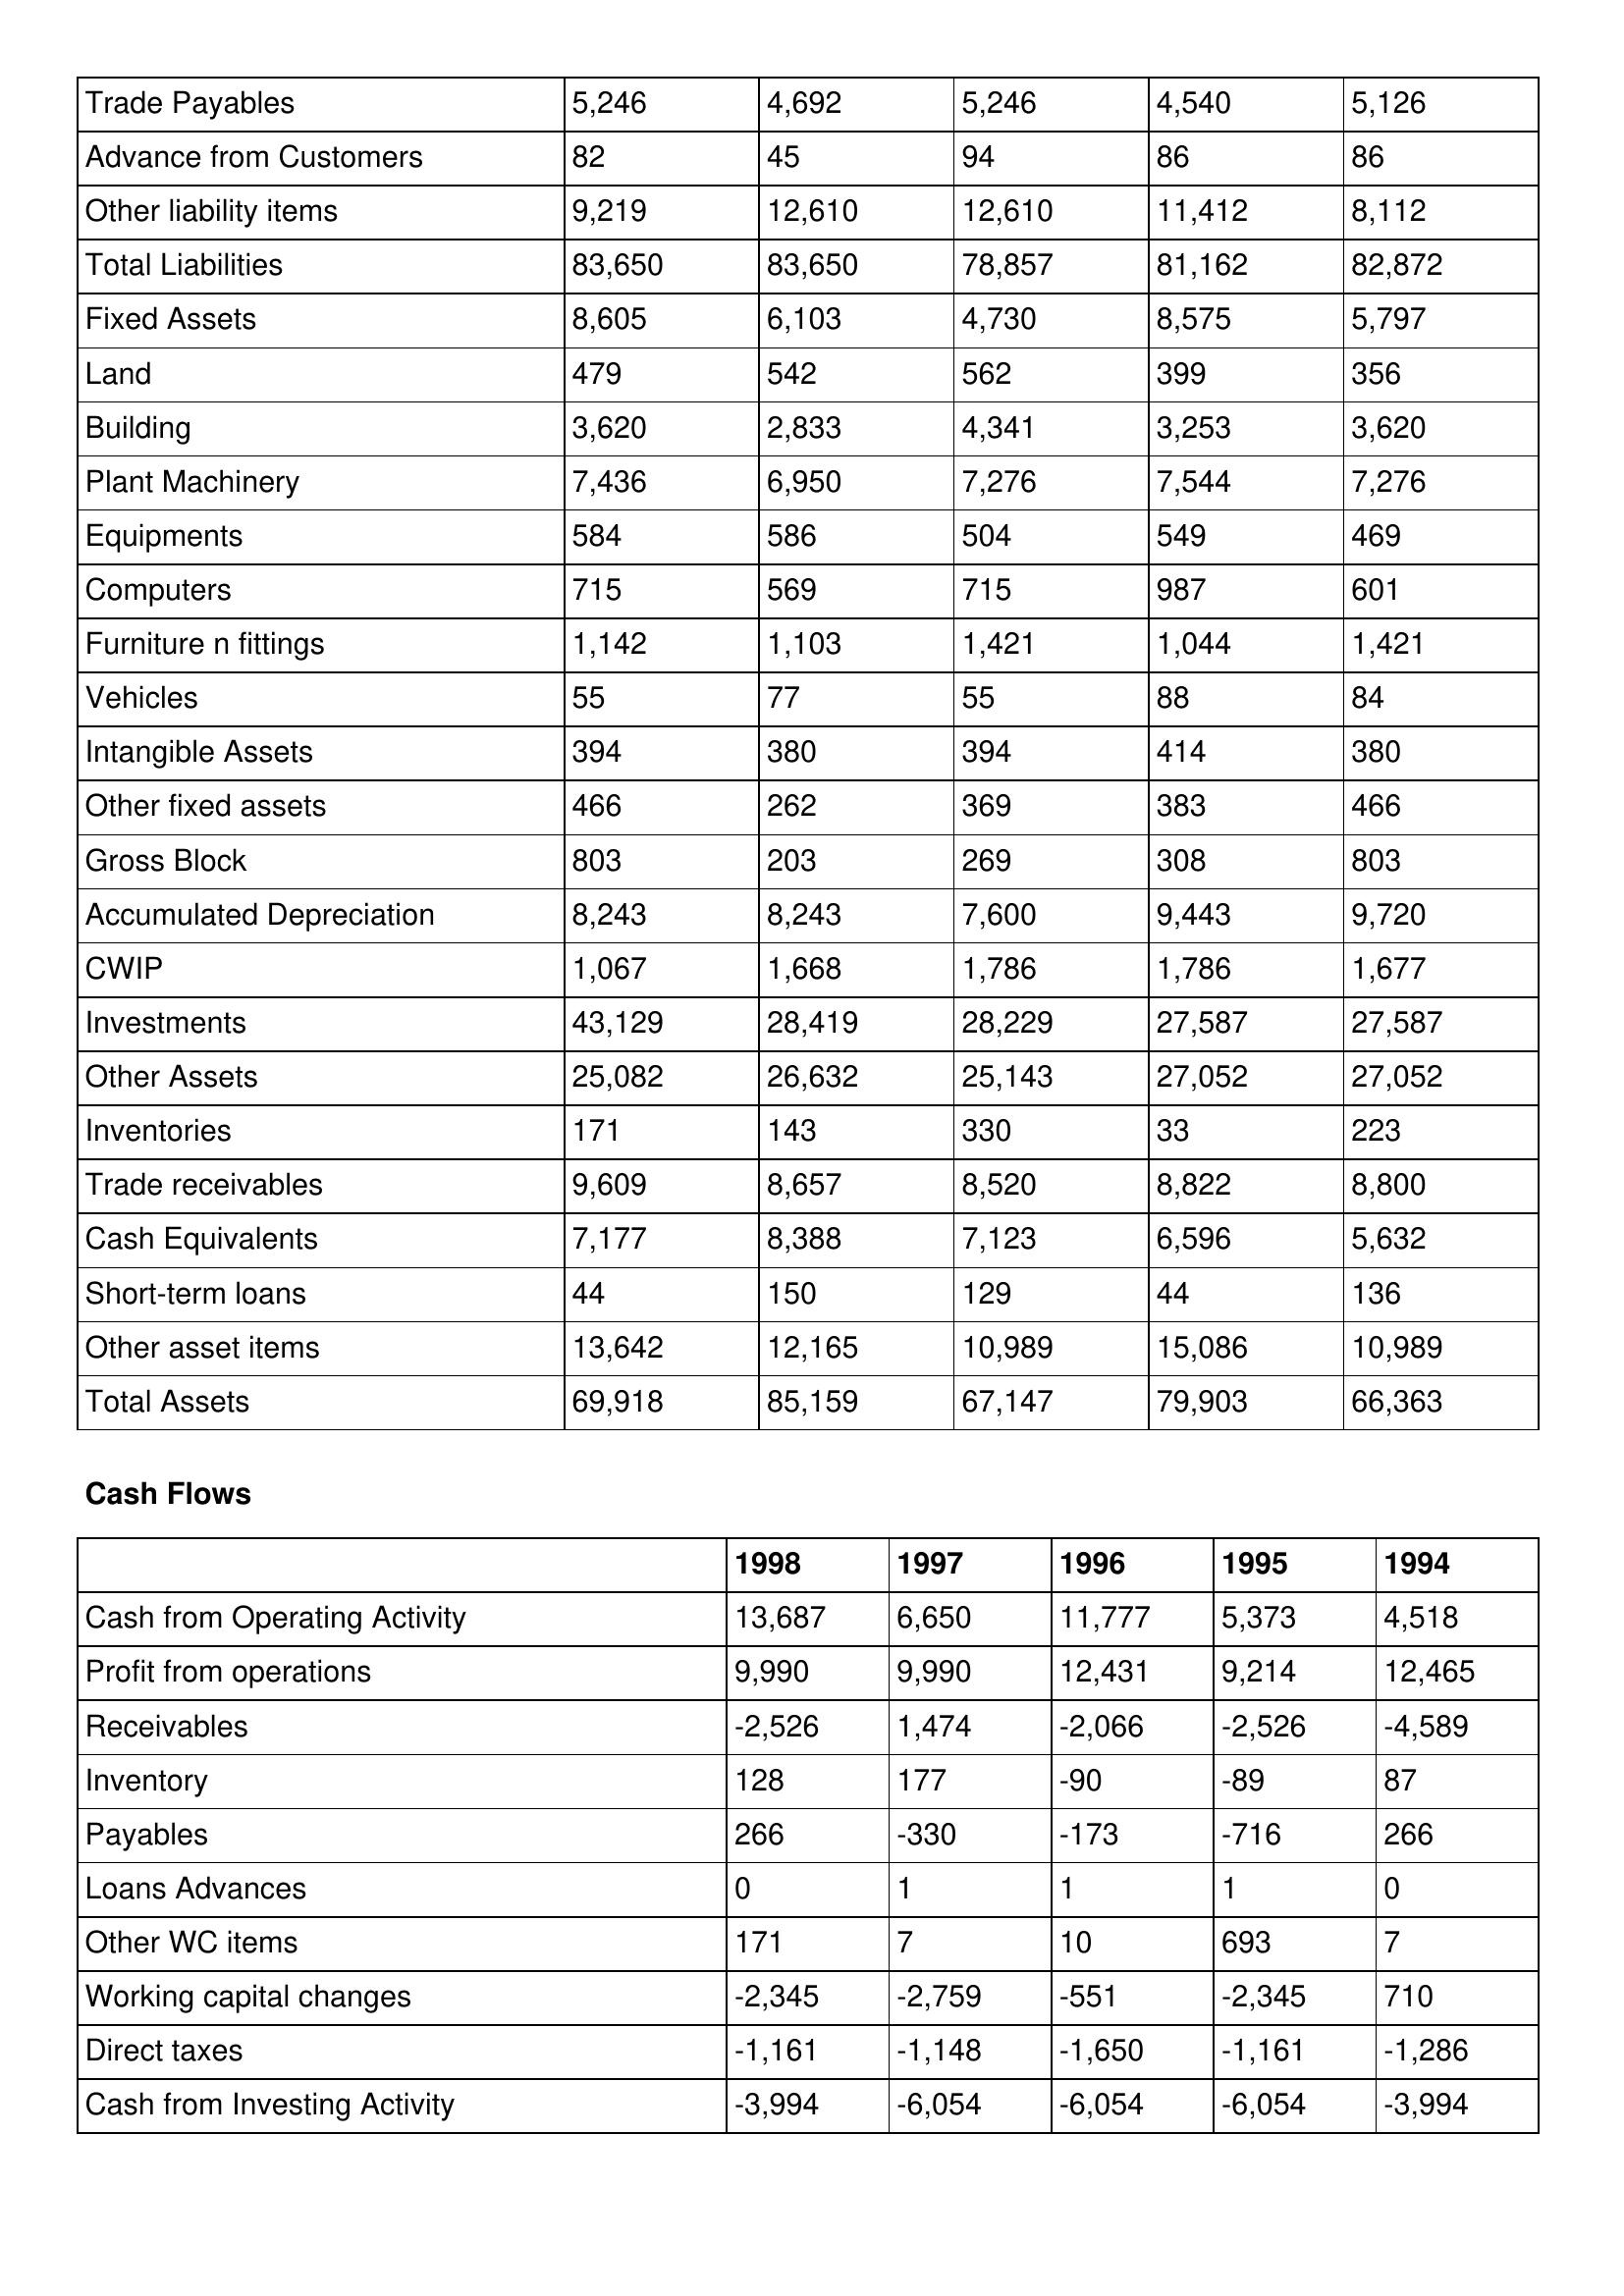
gt_parse: 1998: Balance Sheet: Trade Payables: 5,246
Advance from Customers: 82
Other liability items: 9,219
Total Liabilities: 83,650
Fixed Assets: 8,605
Land: 479
Building: 3,620
Plant Machinery: 7,436
Equipments: 584
Computers: 715
Furniture n fittings: 1,142
Vehicles: 55
Intangible Assets: 394
Other fixed assets: 466
Gross Block: 803
Accumulated Depreciation: 8,243
CWIP: 1,067
Investments: 43,129
Other Assets: 25,082
Inventories: 171
Trade receivables: 9,609
Cash Equivalents: 7,177
Short-term loans: 44
Other asset items: 13,642
Total Assets: 69,918
Cash Flows: Cash from Operating Activity: 13,687
Profit from operations: 9,990
Receivables: -2,526
Inventory: 128
Payables: 266
Loans Advances: 0
Other WC items: 171
Working capital changes: -2,345
Direct taxes: -1,161
Cash from Investing Activity: -3,994
1997: Balance Sheet: Trade Payables: 4,692
Advance from Customers: 45
Other liability items: 12,610
Total Liabilities: 83,650
Fixed Assets: 6,103
Land: 542
Building: 2,833
Plant Machinery: 6,950
Equipments: 586
Computers: 569
Furniture n fittings: 1,103
Vehicles: 77
Intangible Assets: 380
Other fixed assets: 262
Gross Block: 203
Accumulated Depreciation: 8,243
CWIP: 1,668
Investments: 28,419
Other Assets: 26,632
Inventories: 143
Trade receivables: 8,657
Cash Equivalents: 8,388
Short-term loans: 150
Other asset items: 12,165
Total Assets: 85,159
Cash Flows: Cash from Operating Activity: 6,650
Profit from operations: 9,990
Receivables: 1,474
Inventory: 177
Payables: -330
Loans Advances: 1
Other WC items: 7
Working capital changes: -2,759
Direct taxes: -1,148
Cash from Investing Activity: -6,054
1996: Balance Sheet: Trade Payables: 5,246
Advance from Customers: 94
Other liability items: 12,610
Total Liabilities: 78,857
Fixed Assets: 4,730
Land: 562
Building: 4,341
Plant Machinery: 7,276
Equipments: 504
Computers: 715
Furniture n fittings: 1,421
Vehicles: 55
Intangible Assets: 394
Other fixed assets: 369
Gross Block: 269
Accumulated Depreciation: 7,600
CWIP: 1,786
Investments: 28,229
Other Assets: 25,143
Inventories: 330
Trade receivables: 8,520
Cash Equivalents: 7,123
Short-term loans: 129
Other asset items: 10,989
Total Assets: 67,147
Cash Flows: Cash from Operating Activity: 11,777
Profit from operations: 12,431
Receivables: -2,066
Inventory: -90
Payables: -173
Loans Advances: 1
Other WC items: 10
Working capital changes: -551
Direct taxes: -1,650
Cash from Investing Activity: -6,054
1995: Balance Sheet: Trade Payables: 4,540
Advance from Customers: 86
Other liability items: 11,412
Total Liabilities: 81,162
Fixed Assets: 8,575
Land: 399
Building: 3,253
Plant Machinery: 7,544
Equipments: 549
Computers: 987
Furniture n fittings: 1,044
Vehicles: 88
Intangible Assets: 414
Other fixed assets: 383
Gross Block: 308
Accumulated Depreciation: 9,443
CWIP: 1,786
Investments: 27,587
Other Assets: 27,052
Inventories: 33
Trade receivables: 8,822
Cash Equivalents: 6,596
Short-term loans: 44
Other asset items: 15,086
Total Assets: 79,903
Cash Flows: Cash from Operating Activity: 5,373
Profit from operations: 9,214
Receivables: -2,526
Inventory: -89
Payables: -716
Loans Advances: 1
Other WC items: 693
Working capital changes: -2,345
Direct taxes: -1,161
Cash from Investing Activity: -6,054
1994: Balance Sheet: Trade Payables: 5,126
Advance from Customers: 86
Other liability items: 8,112
Total Liabilities: 82,872
Fixed Assets: 5,797
Land: 356
Building: 3,620
Plant Machinery: 7,276
Equipments: 469
Computers: 601
Furniture n fittings: 1,421
Vehicles: 84
Intangible Assets: 380
Other fixed assets: 466
Gross Block: 803
Accumulated Depreciation: 9,720
CWIP: 1,677
Investments: 27,587
Other Assets: 27,052
Inventories: 223
Trade receivables: 8,800
Cash Equivalents: 5,632
Short-term loans: 136
Other asset items: 10,989
Total Assets: 66,363
Cash Flows: Cash from Operating Activity: 4,518
Profit from operations: 12,465
Receivables: -4,589
Inventory: 87
Payables: 266
Loans Advances: 0
Other WC items: 7
Working capital changes: 710
Direct taxes: -1,286
Cash from Investing Activity: -3,994